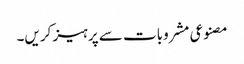
مصنوعی مشروبات سے پرہیز کریں۔